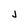
Character: J